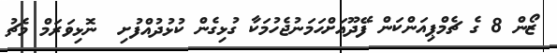
ޒޯން 8 ގެ ޗެމްޕިއަންކަން ފޭދޫއަށްހަމަނުޖެހުމަކާ ގުޅިގެން ކުޅުދުއްފުށި  ނޮޅިވަރަމް މެޗު